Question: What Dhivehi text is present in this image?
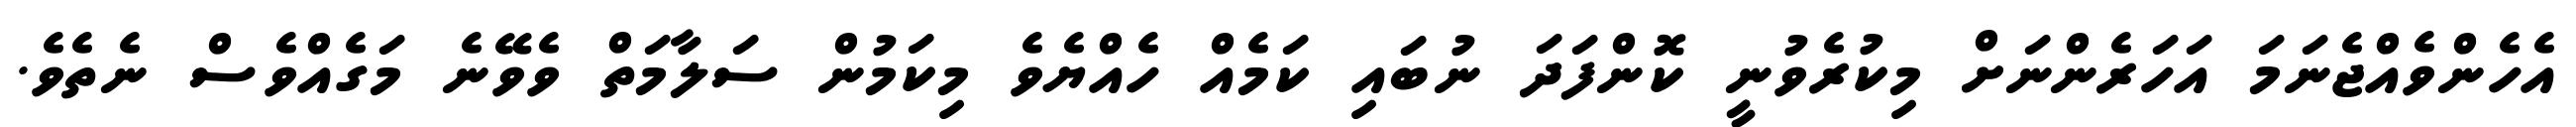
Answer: އެހެންވެއްޖެނަމަ އަހަރެންނަށް މިކުރެވުނީ ކޮންފަދަ ނުބައި ކަމެއް ހެއްޔެވެ މިކަމުން ސަލާމަތް ވެވޭނެ މަގެއްވެސް ނެތެވެ.